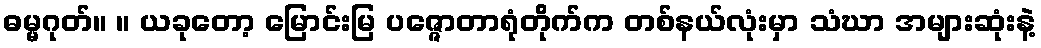
ဓမ္မဂုတ်။ ။ ယခုတော့ မြောင်းမြ ပဇ္ဇောတာရုံတိုက်က တစ်နယ်လုံးမှာ သံဃာ အများဆုံးနဲ့